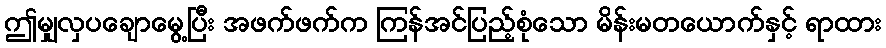
ဤမျှလှပချောမွေ့ပြီး အဖက်ဖက်က ကြန်အင်ပြည့်စုံသော မိန်းမတယောက်နှင့် ရာထား